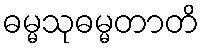
ဓမ္မသုဓမ္မတာတိ